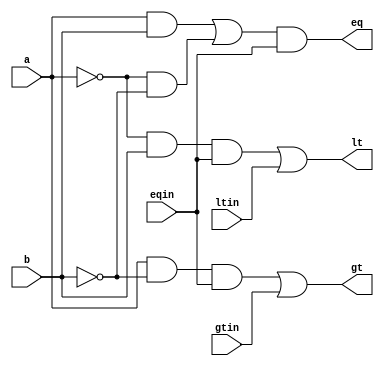
`timescale 1ns / 1ps
//////////////////////////////////////////////////////////////////////////////////
// Company: 
// Engineer: 
// 
// Design Name: 
// Module Name:    one_bit_comparator 
// Project Name: 
// Target Devices: 
// Tool versions: 
// Description: 
//
// Dependencies: 
//
// Revision: 
// Revision 0.01 - File Created
// Additional Comments: 
//
//////////////////////////////////////////////////////////////////////////////////
module one_bit_comparator(a, b, gtin, ltin, eqin, gt, lt, eq);
	input a, b;
	input gtin, ltin, eqin;
	output gt, lt, eq;
	wire gt, lt, eq;
  
	assign gt = (a & ~b & eqin) | (gtin);
	assign lt = (~a & b & eqin) | (ltin);
	assign eq = ((a & b) | (~a & ~b)) & eqin;
endmodule